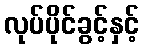
လုပ်ပိုင်ခွင့်နှင့်